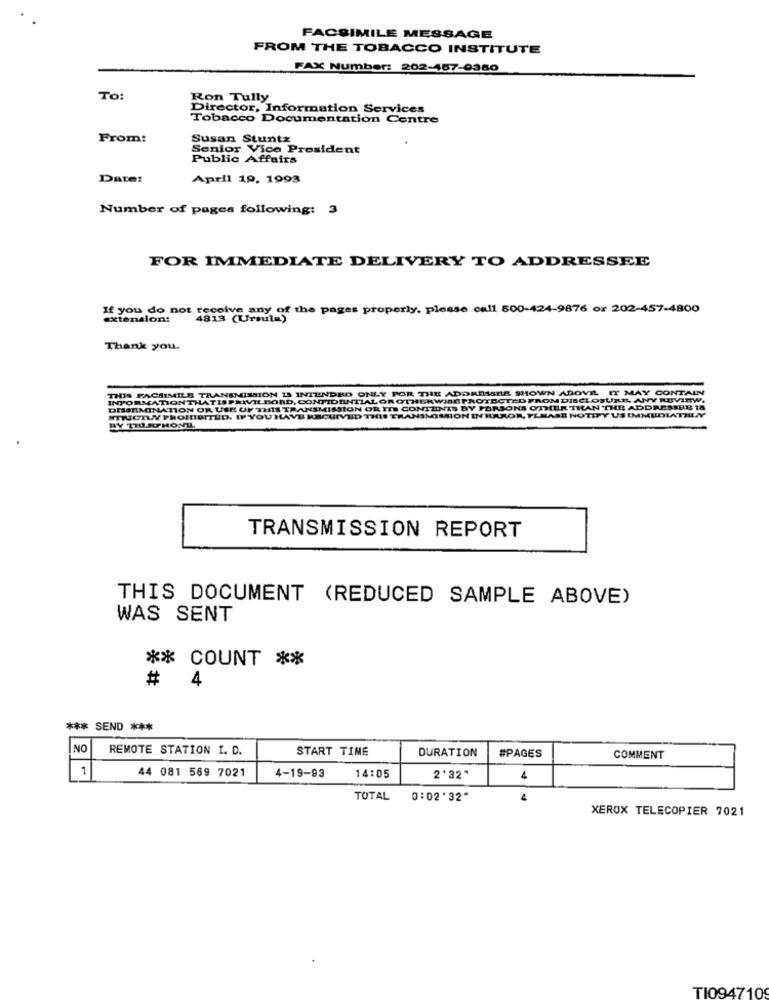
FACSIMILE MESSAGE
FROM THE TOBACCO INSTITUTE
FAX Number: 202-157-0380
To:
Ron Tully
Director, Information Services
Tobacco Documentation Centre
From:
Susan Stunts
Senior Vice President
Public Affairs
Date:
April 19, 1993
Number of pages following: 3
FOR IMMEDIATE DELIVERY TO ADDRESSEE
If you do not receive any of the pages properly, please call 500-424-9876 or 202-457-4800
extension:
Thank you.
THIS FACSIMILE TRANSMISSION IS INTENDED ONLY FOR THE ADORESARE SHOWN ANOVIL IT MAY CONTAIN
INFORMATIONTHATISPRIVILEORD, CONTIDENTIAL OROTHERWISEPROTECTED FROM DISCLOSURE ANY REVIEW.
DHARMINATION OR USE OF THIS TRANSMISSION OR ITS CONTENTS BY PERSONS OTHER THAN THE ADDRESSEE IS
STRICTLY PROIBBITED. IFYOU HAVE RECEIVED THIS TRANSMISSION INERROR, PLEASE NOTIFY US IMMEDIATELY
BY THORPHONE
TRANSMISSION REPORT
THIS DOCUMENT (REDUCED SAMPLE ABOVE)
WAS SENT
** COUNT **
4
#
*** SEND ***
NO
REMOTE STATION I. D.
START TIME
DURATION
#PAGES
COMMENT
1
44 081 569 7021
4-19-93
14:05
2'32"
TOTAL
0:02'32"
4
XEROX TELECOPIER 7021
TI094710